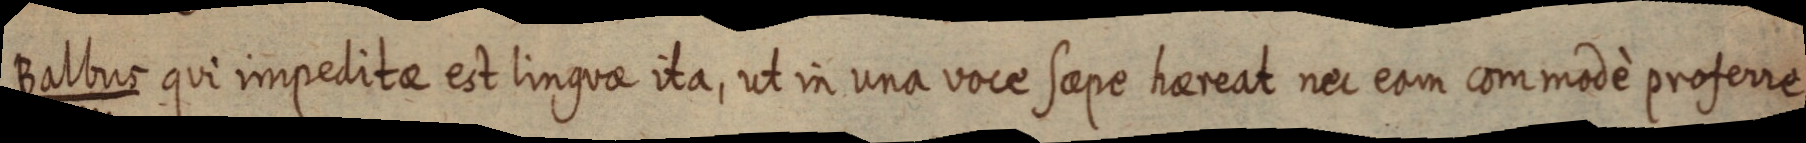
Balbus qui impeditae est linguae ita, ut in una voce saepe haereat nec eam commodè proferre